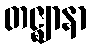
တဇ္ဈာနာ